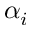
\alpha _ { i }